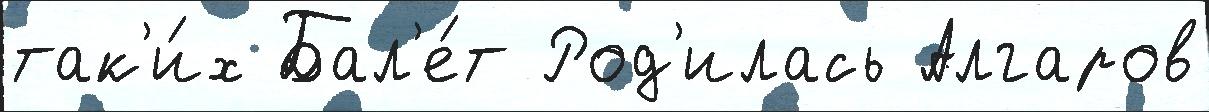
так'и́х Бал'е́т Род'илась Алгаров